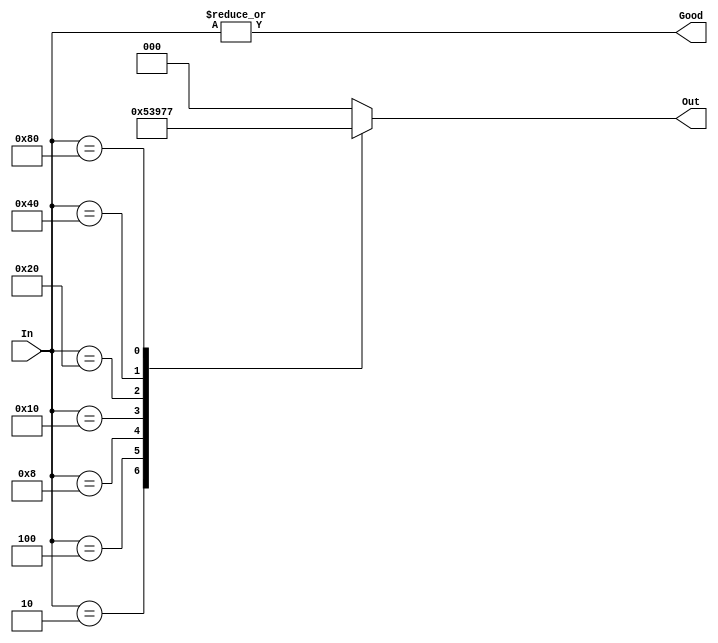
`timescale 1ns/1ns

//Encoder Module
//Encoder - Decoder Project
//CECS 201
//Zachery Takkesh

module Encoder(In,Out, Good);

input [7:0] In;
output [2:0] Out;
output 	Good;

reg [2:0] Out;
wire Good;
assign Good = |In;
always @(*)
	begin
	Out = 3'b000;
	case(In)
		8'b0000_0001: Out = 3'b000;
		8'b0000_0010: Out = 3'b001;
		8'b0000_0100: Out = 3'b010;
		8'b0000_1000: Out = 3'b011;
		8'b0001_0000: Out = 3'b100;
		8'b0010_0000: Out = 3'b101;
		8'b0100_0000: Out = 3'b110;
		8'b1000_0000: Out = 3'b111;
		endcase
	end
endmodule